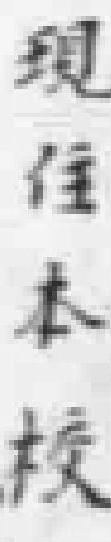
现住本校